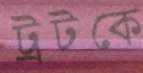
ট্রটকে